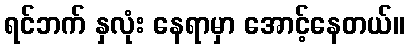
ရင်ဘက် နှလုံး နေရာမှာ အောင့်နေတယ်။